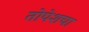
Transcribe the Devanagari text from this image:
तोपेशचा